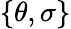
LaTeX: \lbrace\theta,\sigma\rbrace